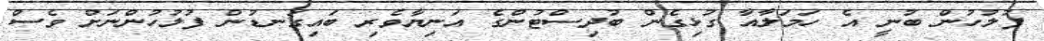
ފުލުހުން ބުނީ އެ ހަމަލާއާ ގުޅިގެން ބުދިސްޓުންގެ އަނިޔާވެރި ބައިގަނޑުން ފުލުހުންނަށް ވެސް